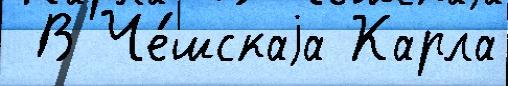
 В Че́шскаjа Карла